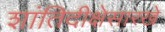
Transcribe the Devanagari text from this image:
शांतिदीक्षेसारखे